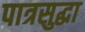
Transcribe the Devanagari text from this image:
पात्रसुद्धा